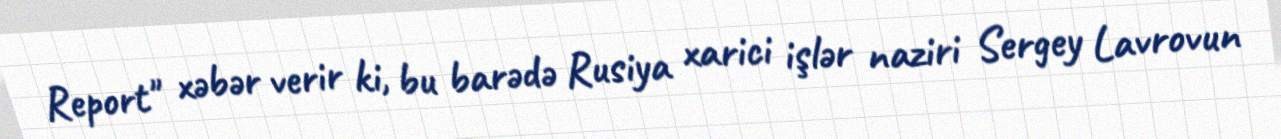
Report" xəbər verir ki, bu barədə Rusiya xarici işlər naziri Sergey Lavrovun